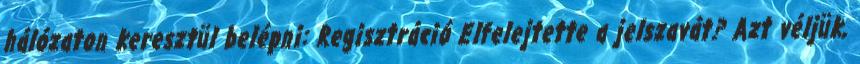
hálózaton keresztül belépni: Regisztráció Elfelejtette a jelszavát? Azt véljük,